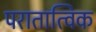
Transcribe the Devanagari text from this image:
परातात्विक